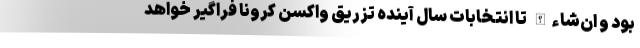
بود و ان‌شاءالله تا انتخابات سال آینده تزریق واکسن کرونا فراگیر خواهد